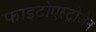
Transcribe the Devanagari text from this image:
फाइटोएस्ट्रोजेन